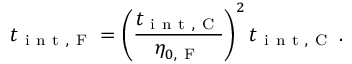
t _ { \mathrm { ~ i ~ n ~ t ~ , ~ F ~ } } = \left( \frac { t _ { \mathrm { ~ i ~ n ~ t ~ , ~ C ~ } } } { \eta _ { 0 , \mathrm { ~ F ~ } } } \right) ^ { 2 } t _ { \mathrm { ~ i ~ n ~ t ~ , ~ C ~ } } \, .